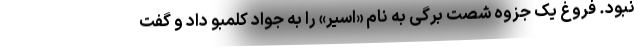
نبود. فروغ یک جزوه شصت برگی به نام «اسیر» را به جواد کلمبو داد و گفت